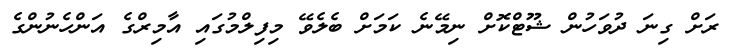
ރަށް ގިނަ ދުވަހުން ޝޫޓްކޮށް ނިމޭނެ ކަމަށް ބެލެވޭ މިފިލްމުގައި އާމިރްގެ އަންހެނުންގެ